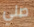
صلي